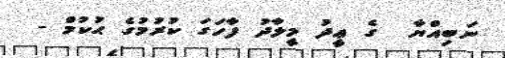
ނަބިއްޔާ  ގެ ޢީދު މީލާދު ފާހަގަ ކުރުމުގެ ޙުކުމް -